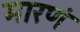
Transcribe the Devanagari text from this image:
मारणं